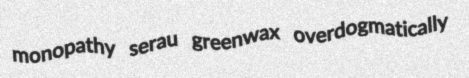
monopathy serau greenwax overdogmatically